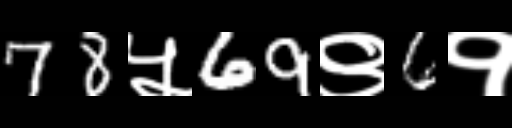
Text: 78५69९6१